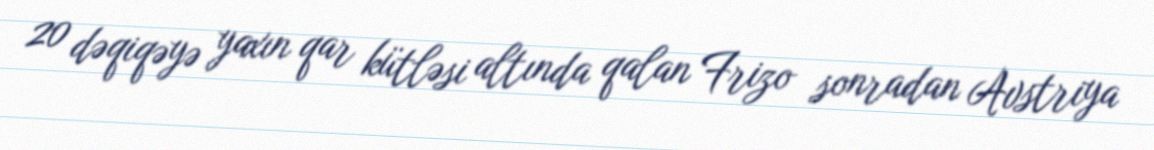
20 dəqiqəyə yaxın qar kütləsi altında qalan Frizo sonradan Avstriya